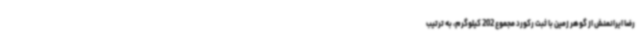
رضا ایرانمنش از گوهر زمین با ثبت رکورد مجموع 202 کیلوگرم، به ترتیب